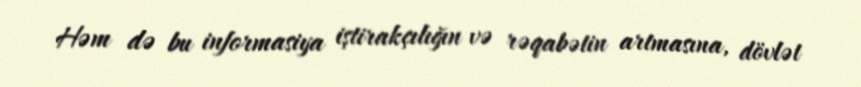
Həm də bu informasiya iştirakçılığın və rəqabətin artmasına, dövlət